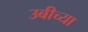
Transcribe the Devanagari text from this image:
उबीच्या